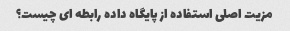
مزیت اصلی استفاده از پایگاه داده رابطه ای چیست؟